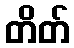
တိတ်